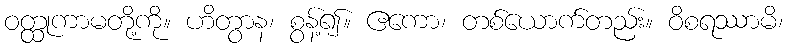
ဝတ္ထုကာမတို့ကို။ ဟိတွာန၊ စွန့်၍။ ဧကော၊ တစ်ယောက်တည်း။ ဝိစရဿာမိ၊